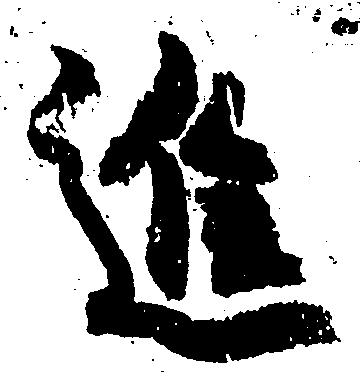
進